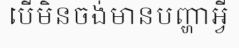
បើមិនចង់មានបញ្ហាអ្វី